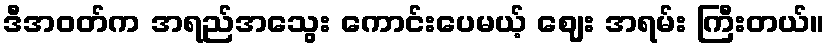
ဒီအဝတ်က အရည်အသွေး ကောင်းပေမယ့် ဈေး အရမ်း ကြီးတယ်။